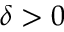
\delta > 0